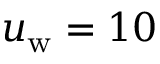
u _ { \mathrm { w } } = 1 0